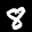
Label: 8